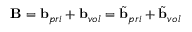
\mathbf { B } = \mathbf { b } _ { p r i } + \mathbf { b } _ { v o l } = \tilde { \mathbf { b } } _ { p r i } + \tilde { \mathbf { b } } _ { v o l }